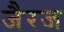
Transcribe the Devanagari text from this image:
जैरज